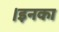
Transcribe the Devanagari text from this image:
।इनका